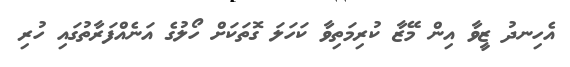
އެހިނދު ޒީވާ އިން މޭޒާ ކުރިމަތިވާ ކަހަލަ ގޮތަކަށް ހޯލުގެ އަނެއްފަރާތުގައި ހުރި